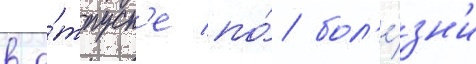
в о́тпуск'е по́ бол'е́зн'и